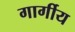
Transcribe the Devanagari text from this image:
गार्गीय